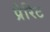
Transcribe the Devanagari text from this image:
प्रेरिट